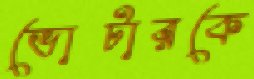
ভোটারকে